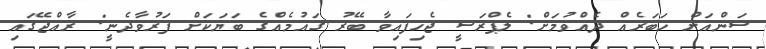
ސަންއަށް ޚަބަރެއް ދެއްވުމަށް: ލެޕްރަސީ ޖެހިފައިވާ ބޭރު ގައުމެއްގެ ބަޔަކަށް ފަރުވާދެނީ: ރާއްޖޭގައި